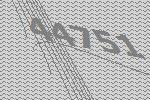
44751